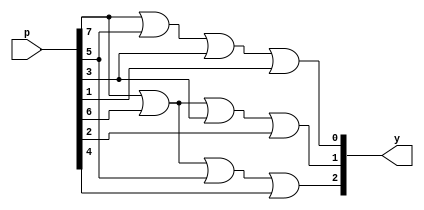
module binaryen(p,y);
input [7:0]p;
output [3:0]y;

assign y[0]=p[7]||p[5]||p[3]||p[1];
assign y[1]=p[7]||p[6]||p[3]||p[2];
assign y[2]=p[7]||p[6]||p[5]||p[4];

endmodule